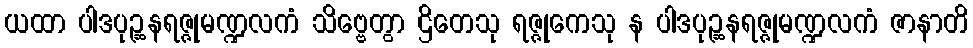
ယထာ ပါဒပုဉ္ဆနရဇ္ဇုမဏ္ဍလကံ သိဗ္ဗေတွာ ဌိတေသု ရဇ္ဇုကေသု န ပါဒပုဉ္ဆနရဇ္ဇုမဏ္ဍလကံ ဇာနာတိ